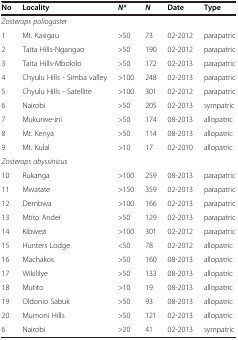
| No | Locality | N* | N | Date | Type |
 | --- | --- | --- | --- | --- | --- |
 | <COLSPAN=6> Zosterops poliogaster |
 | 1 | Mt. Kasigau | >50 | 73 | 02-2012 | parapatric |
 | 2 | Taita Hills-Ngangao | >50 | 190 | 02-2012 | parapatric |
 | 3 | Taita Hills-Mbololo | >50 | 172 | 02-2013 | parapatric |
 | 4 | Chyulu Hills - Simba valley | >100 | 248 | 02-2013 | parapatric |
 | 5 | Chyulu Hills - Satellite | >100 | 301 | 02-2012 | parapatric |
 | 6 | Nairobi | >50 | 205 | 02-2013 | sympatric |
 | 7 | Mukurwe-ini | >50 | 174 | 08-2013 | allopatric |
 | 8 | Mt. Kenya | >50 | 114 | 08-2013 | allopatric |
 | 9 | Mt. Kulal | >10 | 17 | 02-2010 | allopatric |
 | <COLSPAN=6> Zosterops abyssinicus |
 | 10 | Rukanga | >100 | 259 | 08-2013 | parapatric |
 | 11 | Mwatate | >150 | 359 | 02-2013 | parapatric |
 | 12 | Dembwa | >100 | 166 | 02-2013 | parapatric |
 | 13 | Mtito Andei | >50 | 129 | 02-2013 | parapatric |
 | 14 | Kibwezi | >100 | 301 | 02-2012 | parapatric |
 | 15 | Hunters Lodge | <50 | 78 | 02-2012 | allopatric |
 | 16 | Machakos | >50 | 160 | 08-2013 | allopatric |
 | 17 | Wikililye | >50 | 133 | 08-2013 | allopatric |
 | 18 | Mutito | >10 | 19 | 08-2013 | allopatric |
 | 19 | Oldonio Sabuk | >50 | 93 | 08-2013 | allopatric |
 | 20 | Mumoni Hills | >50 | 121 | 02-2013 | allopatric |
 | 6 | Nairobi | >20 | 41 | 02-2013 | sympatric |